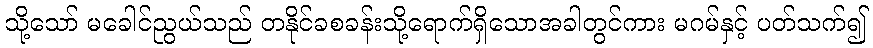
သို့သော် မခေါင်ညွယ်သည် တနိုင်ခစခန်းသို့ရောက်ရှိသောအခါတွင်ကား မဂမ်နှင့် ပတ်သက်၍